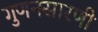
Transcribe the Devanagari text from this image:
गुणनसारणी